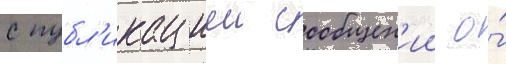
с публ'икациеи сообщен'ии о́